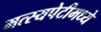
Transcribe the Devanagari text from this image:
मत्स्यपेटीमध्ये